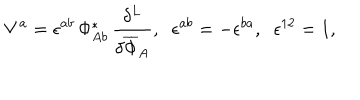
V ^ { a } = \epsilon ^ { a b } \, \Phi _ { A b } ^ { * } \, \frac { \delta ^ { L } } { \delta \overline { { { \Phi } } } _ { A } } , \; \; \epsilon ^ { a b } = - \epsilon ^ { b a } , \; \; \epsilon ^ { 1 2 } = 1 ,